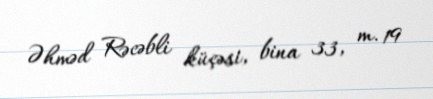
Əhməd Rəcəbli küçəsi, bina 33, m. 19